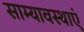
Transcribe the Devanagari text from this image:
साम्यावस्थाएं